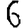
Digit: 6